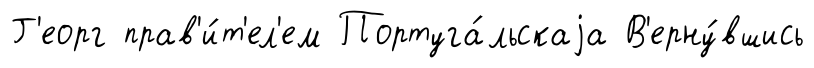
Г'еорг прав'и́т'ел'ем Португа́льскаjа В'ерну́вшись